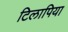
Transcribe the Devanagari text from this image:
टिलापिया